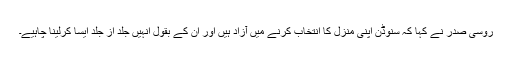
روسی صدر نے کہا کہ سنوڈن اپنی منزل کا انتخاب کرنے میں آزاد ہیں اور ان کے بقول انہیں جلد از جلد ایسا کرلینا چاہیے۔